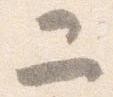
二